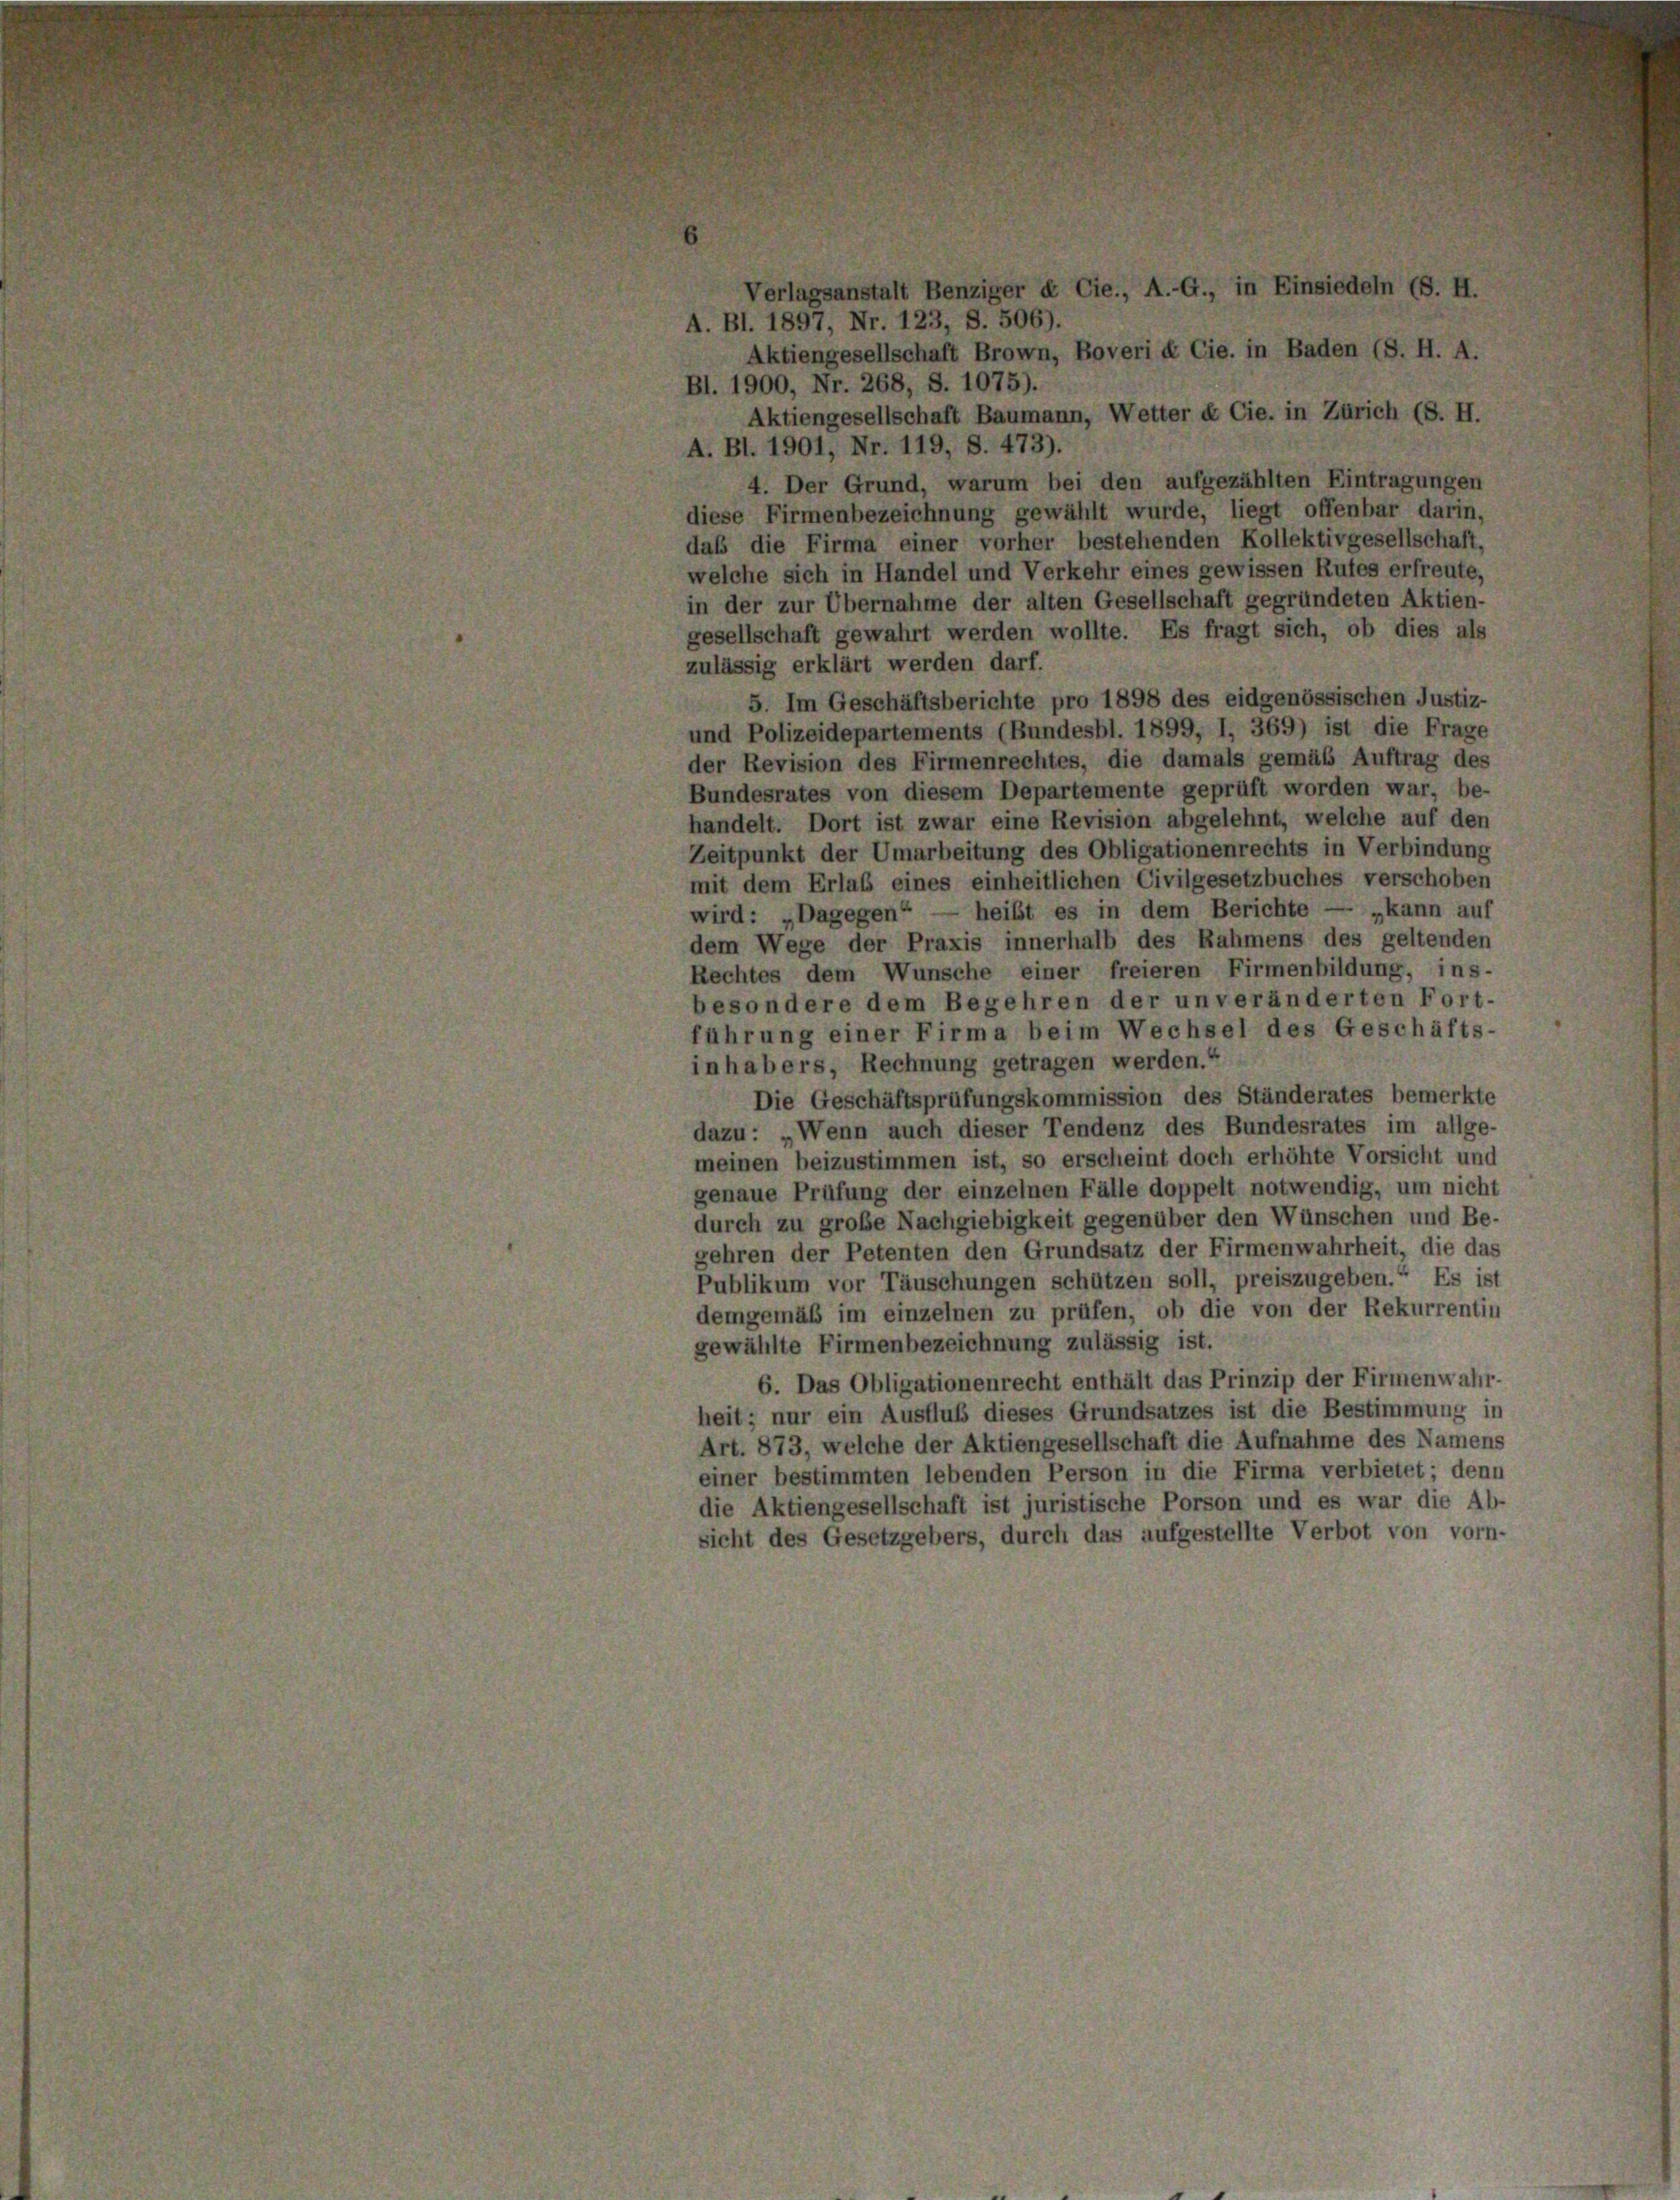
A. Bl. 1897, Nr. 123, S. 506).
Bl. 1900, Nr. 268, S. 1075).
Aktiengesellschaft Baumann, Wetter & Cie. in Zürich (S. H.
A. Bl. 1901, Nr. 119, S. 473).
4. Der Grund, warum bei den aufgezählten Eintragungen
diese Firmenbezeichnung gewählt wurde, liegt offenbar darin,
daß die Firma einer vorher bestehenden Kollektivgesellschaft,
welche sich in Handel und Verkehr eines gewissen Rufes erfreute,
in der zur Übernahme der alten Gesellschaft gegründeten Aktien-
gesellschaft gewahrt werden wollte. Es fragt sich, ob dies als
zulässig erklärt werden darf.
5. Im Geschäftsberichte pro 1898 des eidgenössischen Justiz-
und Polizeidepartements (Bundesbl. 1899, I, 369) ist die Frage
der Revision des Firmenrechtes, die damals gemäß Auftrag des
Bundesrates von diesem Departemente geprüft worden war, be-
handelt. Dort ist zwar eine Revision abgelehnt, welche auf den
Zeitpunkt der Umarbeitung des Obligationenrechts in Verbindung
mit dem Erlaß eines einheitlichen Civilgesetzbuches verschoben
wird: „Dagegen“ — heißt es in dem Berichte — „kann auf
dem Wege der Praxis innerhalb des Rahmens des geltenden
Rechtes dem Wunsche einer freieren Firmenbildung, ins-
besondere dem Begehren der unveränderten Fort-
führung einer Firma beim Wechsel des Geschäfts-
inhabers, Rechnung getragen werden.“
Die Geschäftsprüfungskommission des Ständerates bemerkte
dazu: „Wenn auch dieser Tendenz des Bundesrates im allge-
meinen beizustimmen ist, so erscheint doch erhöhte Vorsicht und
genaue Prüfung der einzelnen Fälle doppelt notwendig, um nicht
durch zu große Nachgiebigkeit gegenüber den Wünschen und Be-
gehren der Petenten den Grundsatz der Firmenwahrheit, die das
Publikum vor Täuschungen schützen soll, preiszugeben.“ Es ist
demgemäß im einzelnen zu prüfen, ob die von der Rekurrentin
gewählte Firmenbezeichnung zulässig ist.
6. Das Obligationenrecht enthält das Prinzip der Firmenwahr-
heit; nur ein Ausfluß dieses Grundsatzes ist die Bestimmung in
Art. 873, welche der Aktiengesellschaft die Aufnahme des Namens
einer bestimmten lebenden Person in die Firma verbietet; denn
die Aktiengesellschaft ist juristische Porson und es war die Ab-
sicht des Gesetzgebers, durch das aufgestellte Verbot von vorn-

Verlagsanstalt Benziger & Cie., A.-G., in Einsiedeln (S. H.
Aktiengesellschaft Brown, Boveri & Cie. in Baden (S. H. A.